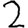
Digit: 2